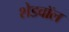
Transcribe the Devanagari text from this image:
शेडवॉल